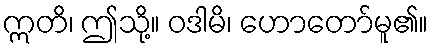
ဣတိ၊ ဤသို့။ ဝဒါမိ၊ ဟောတော်မူ၏။